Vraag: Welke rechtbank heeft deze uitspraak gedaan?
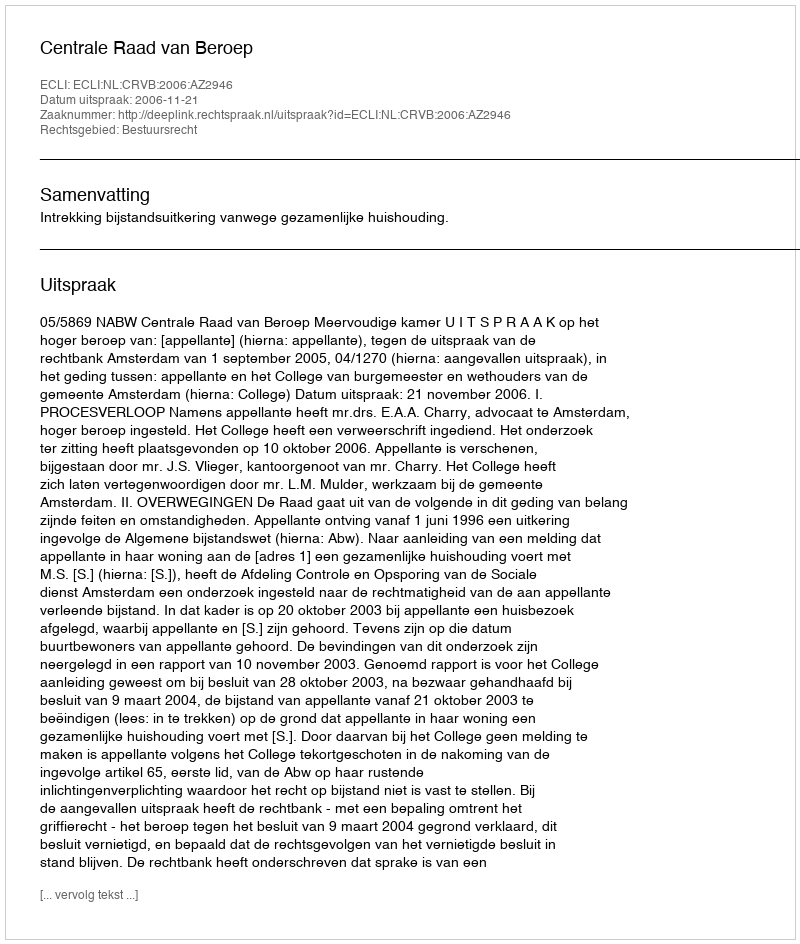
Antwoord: Centrale Raad van Beroep